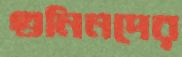
গুনিনদের